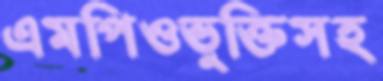
এমপিওভুক্তিসহ